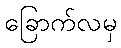
ခြောက်လမှ